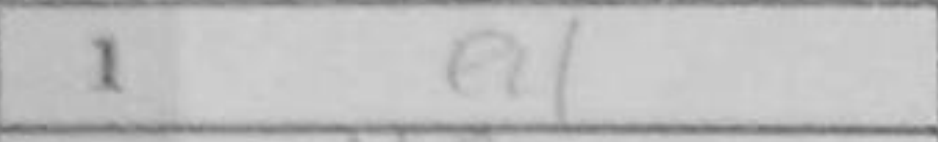
Transcription: e4